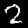
Label: 2